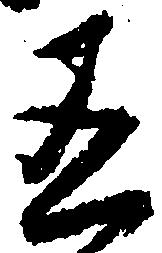
有